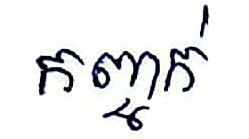
កញ្ចាក់